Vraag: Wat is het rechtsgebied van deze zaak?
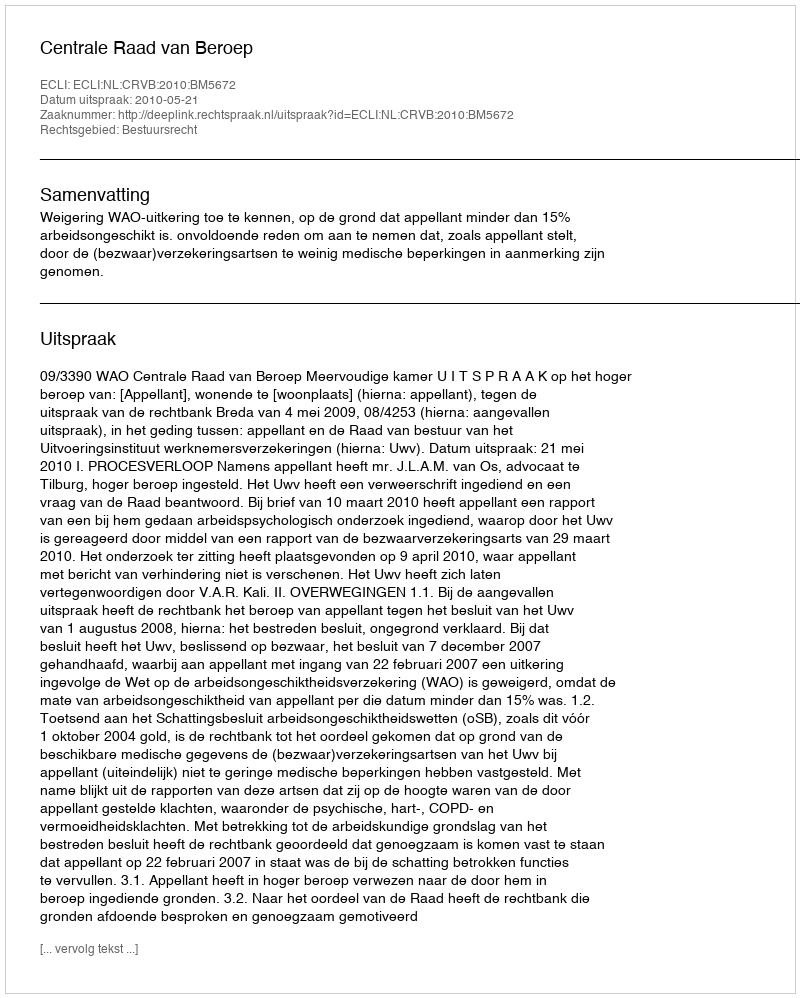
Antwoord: Bestuursrecht